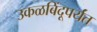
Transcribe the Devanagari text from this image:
उकळबिंदूपर्यंत